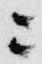
ニ